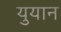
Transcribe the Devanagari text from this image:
युयान